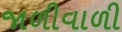
જાળીવાળી